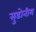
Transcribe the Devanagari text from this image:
सुडोनीम